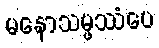
မနောသမ္ဖဿံပေ